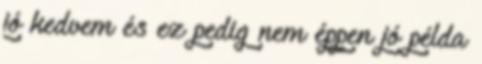
jó kedvem és ez pedig nem éppen jó példa